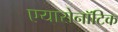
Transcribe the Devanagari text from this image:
एयारोनॉटिक